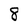
Character: 8